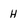
Character: H